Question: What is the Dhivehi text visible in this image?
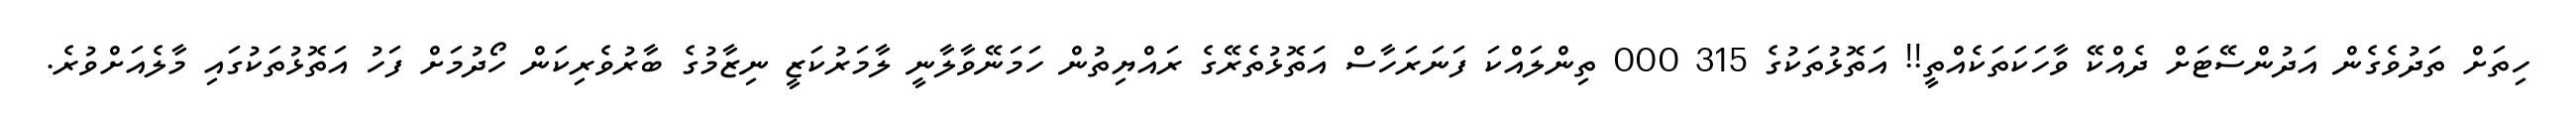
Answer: ހިތަށް ތަދުވެގެން އަދުންސޭޓަށް ދެއްކޭ ވާހަކަތަކެއްތީ!! އަތޮޅުތަކުގެ 315 000 ތިންލައްކަ ފަނަރަހާސް އަތޮޅުތެރޭގެ ރައްޔިތުން ހަމަނޭވާލާނީ ލާމަރުކަޒީ ނިޒާމުގެ ބާރުވެރިކަން ހޯދުމަށް ފަހު އަތޮޅުތަކުގައި މާލެއަށްވުރެ.